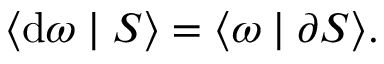
\langle \mathrm { d } \omega \mid S \rangle = \langle \omega \mid \partial S \rangle .